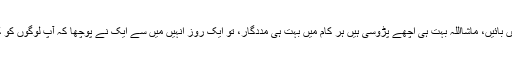
ہمارے گھر کے سامنے دائیں بائیں، ماشااللہ بہت ہی اچھے پڑوسی ہیں ہر کام میں بہت ہی مددگار، تو ایک روز انہیں میں سے ایک نے پوچھا کہ آپ لوگوں کو کچھ فنی آوازیں تو نہیں آتیں؟